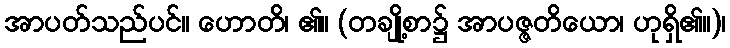
အာပတ်သည်ပင်။ ဟောတိ၊ ၏။ (တချို့စာ၌ အာပဇ္ဇတိယော၊ ဟုရှိ၏။)၊